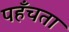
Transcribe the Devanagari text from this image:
पहँचता